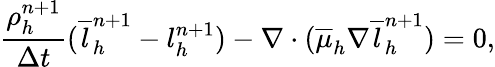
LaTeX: \frac{\rho_{h}^{n+1}}{\Delta t}(\overline{{l}}_{h}^{n+1}-l_{h}^{n+1})-\nabla\cdot(\overline{{\mu}}_{h}\nabla\overline{{l}}_{h}^{n+1})=0,